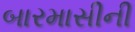
બારમાસીની